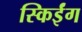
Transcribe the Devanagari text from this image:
स्किईंग